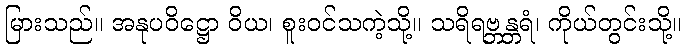
မြားသည်။ အနုပဝိဋ္ဌော ဝိယ၊ စူးဝင်သကဲ့သို့။ သရိရဗ္ဘန္တရံ၊ ကိုယ်တွင်းသို့။